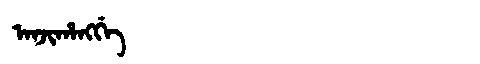
Manchu: ᠠᠨᠵᡳᡥᠠᠩᡤᡝ
Romanization: ANJIHANGGE